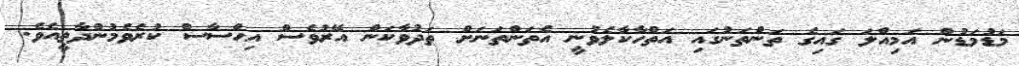
މަޑުމަޑުން އަމިއްލަ ގައިގެ ތަންތަނުގައި އަތްހާކާލެވުނީ އެތަންތަނަށް ތަދުވާކަން އޭރުވެސް އިޙްސާސް ކުރެވެމުންދާތީއެވެ.